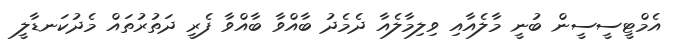
އެމްޓީސީސީން ބުނީ މާލެއާއި ވިލިމާލެއާ ދެމެދު ބާއްވާ ބާއްވާ ފެރީ ދަތުރުތައް މެދުކަނޑާލީ